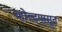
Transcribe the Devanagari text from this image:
व्होल्टपासून